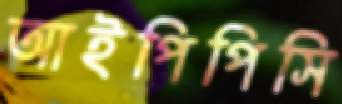
আইপিপিসি